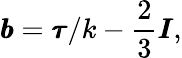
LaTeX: \pmb{b}=\pmb{\tau}/k-\frac{2}{3}\pmb{I},